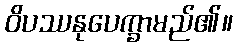
ဝိပဿနုပေက္ခာမည်၏။